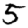
Digit: 5